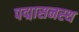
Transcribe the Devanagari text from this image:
पद्मासनस्थ